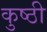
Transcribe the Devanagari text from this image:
कुष्ठी